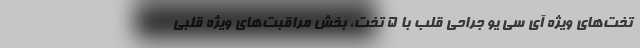
تخت‌های ویژه آی سی یو جراحی قلب با ۵ تخت، بخش مراقبت‌های ویژه قلبی